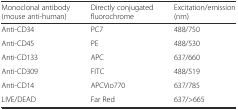
| Monoclonal antibody (mouse anti-human) | Directly conjugated fluorochrome | Excitation/emission (nm) |
 | --- | --- | --- |
 | Anti-CD34 | PC7 | 488/750 |
 | Anti-CD45 | PE | 488/530 |
 | Anti-CD133 | APC | 637/660 |
 | Anti-CD309 | FITC | 488/519 |
 | Anti-CD14 | APCVio770 | 637/785 |
 | LIVE/DEAD | Far Red | 637/>665 |